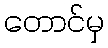
တောင်မှ